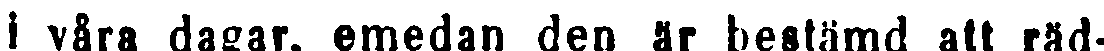
i våra dagar, emedan den är bestämd att räd-